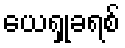
ယေရှုခရစ်